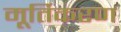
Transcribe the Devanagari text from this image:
मूर्तिकरण